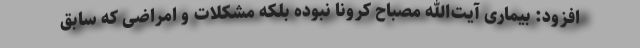
افزود: بیماری آیت‌الله مصباح کرونا نبوده بلکه مشکلات و امراضی که سابق